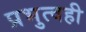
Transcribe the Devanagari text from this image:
प्रभुत्वही